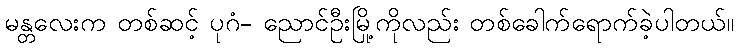
မန္တလေးက တစ်ဆင့် ပုဂံ- ညောင်ဦးမြို့ကိုလည်း တစ်ခေါက်ရောက်ခဲ့ပါတယ်။